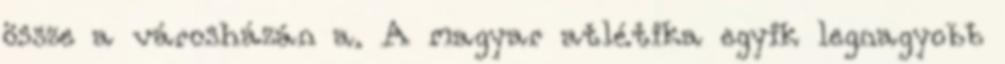
össze a városházán a. A magyar atlétika egyik legnagyobb